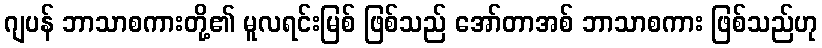
ဂျပန် ဘာသာစကားတို့၏ မူလရင်းမြစ် ဖြစ်သည် အော်တာအစ် ဘာသာစကား ဖြစ်သည်ဟု